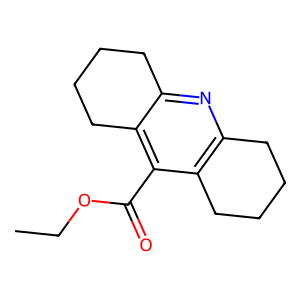
SMILES: CCOC(=O)c1c2c(nc3c1CCCC3)CCCC2
Inhibits HIV replication: No